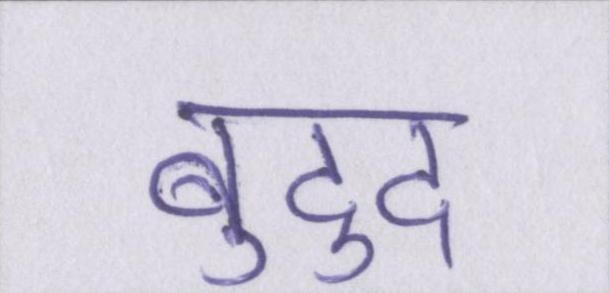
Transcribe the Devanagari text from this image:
बुद्दु